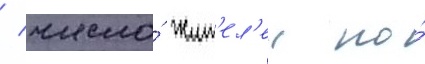
/ число́ жит'ел'еи по́